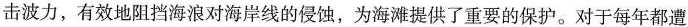
击波力，有效地阻挡海浪对海岸线的侵蚀，为海滩提供了重要的保护。对于每年都遭